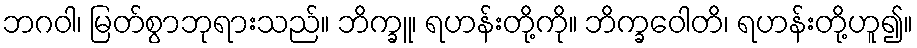
ဘဂဝါ၊ မြတ်စွာဘုရားသည်။ ဘိက္ခူ၊ ရဟန်းတို့ကို။ ဘိက္ခဝေါတိ၊ ရဟန်းတို့ဟူ၍။